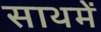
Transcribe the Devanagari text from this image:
साथमें